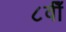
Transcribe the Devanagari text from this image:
८वीँ